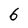
Character: 6